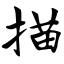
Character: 描